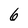
Character: 6